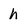
Character: h